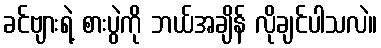
ခင်ဗျားရဲ့ စားပွဲကို ဘယ်အချိန် လိုချင်ပါသလဲ။